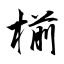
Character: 椾